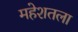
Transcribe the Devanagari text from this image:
महेशतला